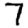
Digit: 7